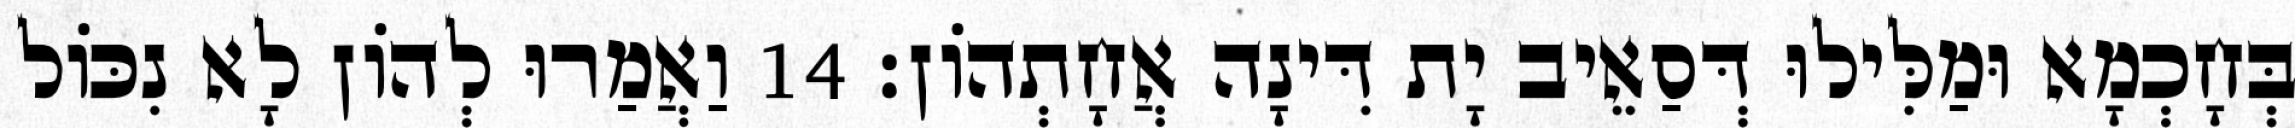
בְּחָכְמָא וּמַלִּילוּ דְּסַאֵיב יָת דִּינָה אֲחָתְהוֹן׃ 14 וַאֲמַרוּ לְהוֹן לָא נִכּוֹל